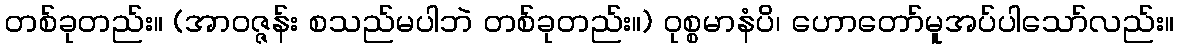
တစ်ခုတည်း။ (အာဝဇ္ဇန်း စသည်မပါဘဲ တစ်ခုတည်း။) ဝုစ္စမာနံပိ၊ ဟောတော်မူအပ်ပါသော်လည်း။